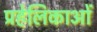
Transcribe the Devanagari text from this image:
प्रहेलिकाओं